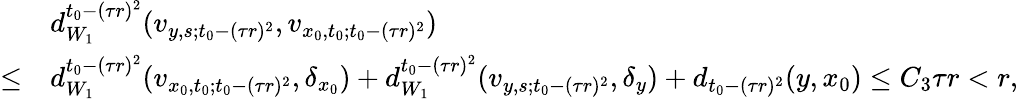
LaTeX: \begin{array}{rl}&{d_{W_{1}}^{t_{0}-(\tau r)^{2}}(v_{y,s;t_{0}-(\tau r)^{2}},v_{x_{0},t_{0};t_{0}-(\tau r)^{2}})}\\ {\le}&{d_{W_{1}}^{t_{0}-(\tau r)^{2}}(v_{x_{0},t_{0};t_{0}-(\tau r)^{2}},\delta_{x_{0}})+d_{W_{1}}^{t_{0}-(\tau r)^{2}}(v_{y,s;t_{0}-(\tau r)^{2}},\delta_{y})+d_{t_{0}-(\tau r)^{2}}(y,x_{0})\le C_{3}\tau r<r,}\end{array}